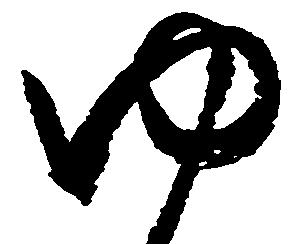
ゆ